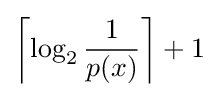
\left\lceil \log _{2}{\frac {1}{p(x)}}\right\rceil +1